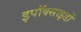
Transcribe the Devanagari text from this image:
इपॉक्साइडों